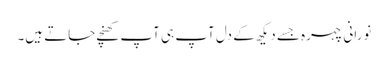
نورانی چہرہ جسے دیکھ کے دل آپ ہی آپ کھنچے جاتے ہیں۔